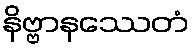
နိဗ္ဗာနဿေတံ